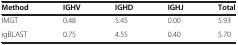
| Method | IGHV | IGHD | IGHJ | Total |
 | --- | --- | --- | --- | --- |
 | IMGT | 0.48 | 5.45 | 0.00 | 5.93 |
 | igBLAST | 0.75 | 4.55 | 0.40 | 5.70 |